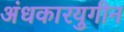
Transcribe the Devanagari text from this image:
अंधकारयुगीन